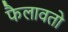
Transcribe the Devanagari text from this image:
फैलावतो